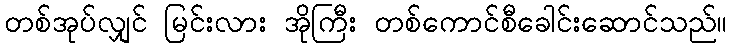
တစ်အုပ်လျှင် မြင်းလား အိုကြီး တစ်ကောင်စီခေါင်းဆောင်သည်။